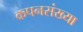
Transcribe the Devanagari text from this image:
कपनसंख्या